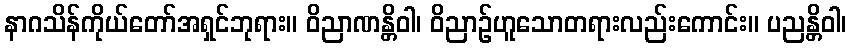
နာဂသိန်ကိုယ်တော်အရှင်ဘုရား။ ဝိညာဏန္တိဝါ၊ ဝိညာဉ်ဟူသောတရားလည်းကောင်း။ ပညန္တိဝါ၊